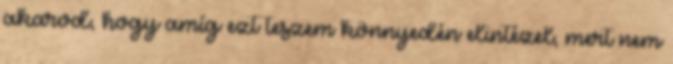
akarod, hogy amíg ezt teszem könnyedén elintézel, mert nem